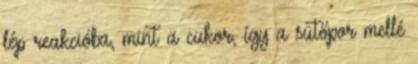
lép reakcióba, mint a cukor, így a sütőpor mellé